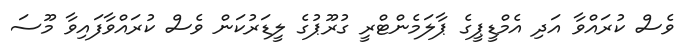
ވެސް ކުރައްވާ އަދި އެމްޑީޕީގެ ޕާލަމެންޓްރީ ގުރޫޕުގެ ލީޑަރުކަން ވެސް ކުރައްވާފައިވާ މޫސަ